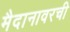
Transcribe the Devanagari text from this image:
मैदानावरची